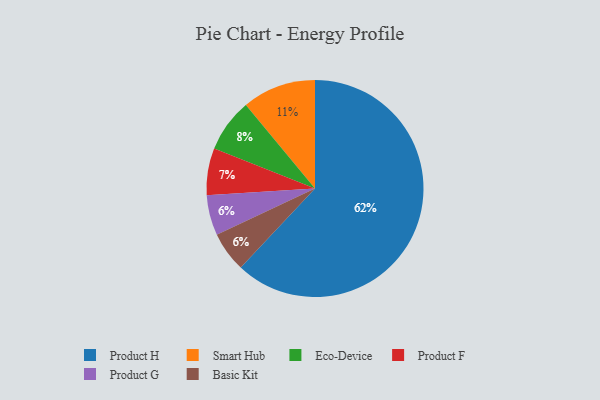
{"axis": {"x": "Category", "y": "Percentage"}, "legend": ["Basic Kit", "Eco-Device", "Product F", "Product G", "Product H", "Smart Hub"], "data": [{"x": "Product G", "y": 6, "type": "Product G"}, {"x": "Product F", "y": 7, "type": "Product F"}, {"x": "Smart Hub", "y": 11, "type": "Smart Hub"}, {"x": "Basic Kit", "y": 6, "type": "Basic Kit"}, {"x": "Eco-Device", "y": 8, "type": "Eco-Device"}, {"x": "Product H", "y": 62, "type": "Product H"}]}